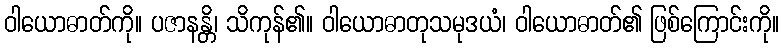
ဝါယောဓာတ်ကို။ ပဇာနန္တိ၊ သိကုန်၏။ ဝါယောဓာတုသမုဒယံ၊ ဝါယောဓာတ်၏ ဖြစ်ကြောင်းကို။